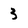
Character: 3